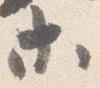
等